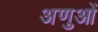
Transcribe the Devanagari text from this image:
अणुआें